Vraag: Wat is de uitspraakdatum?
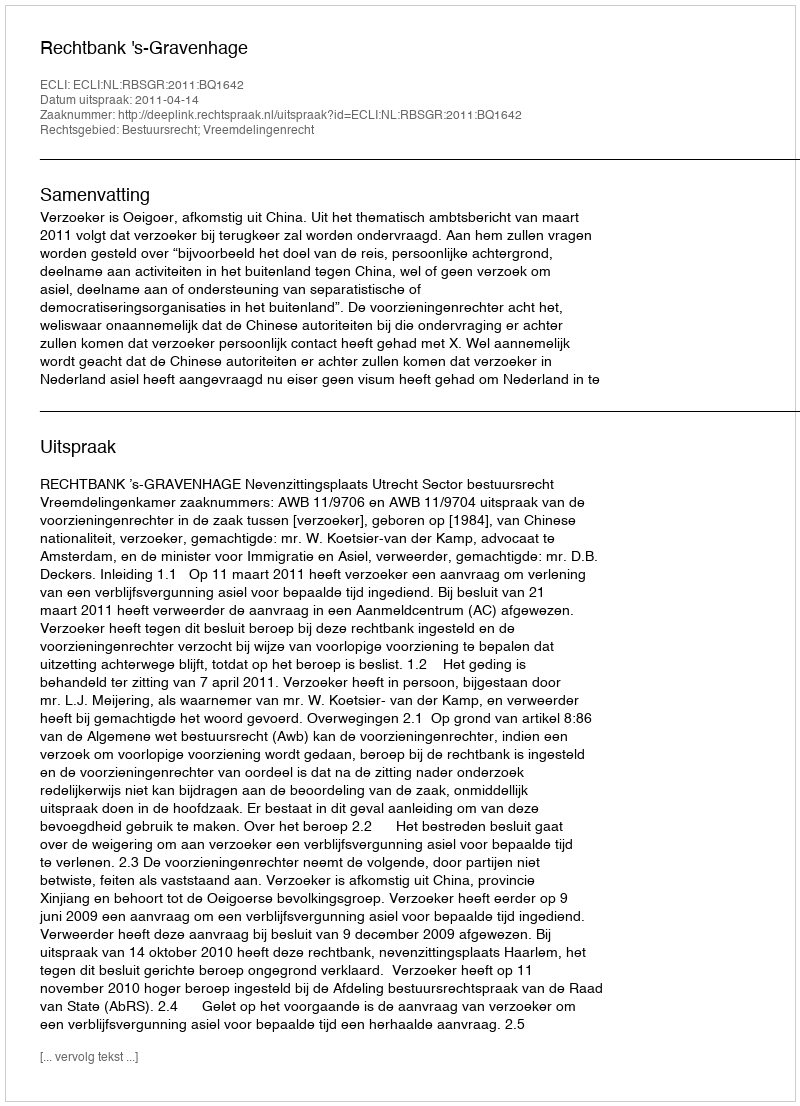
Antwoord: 2011-04-14